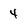
Character: 4